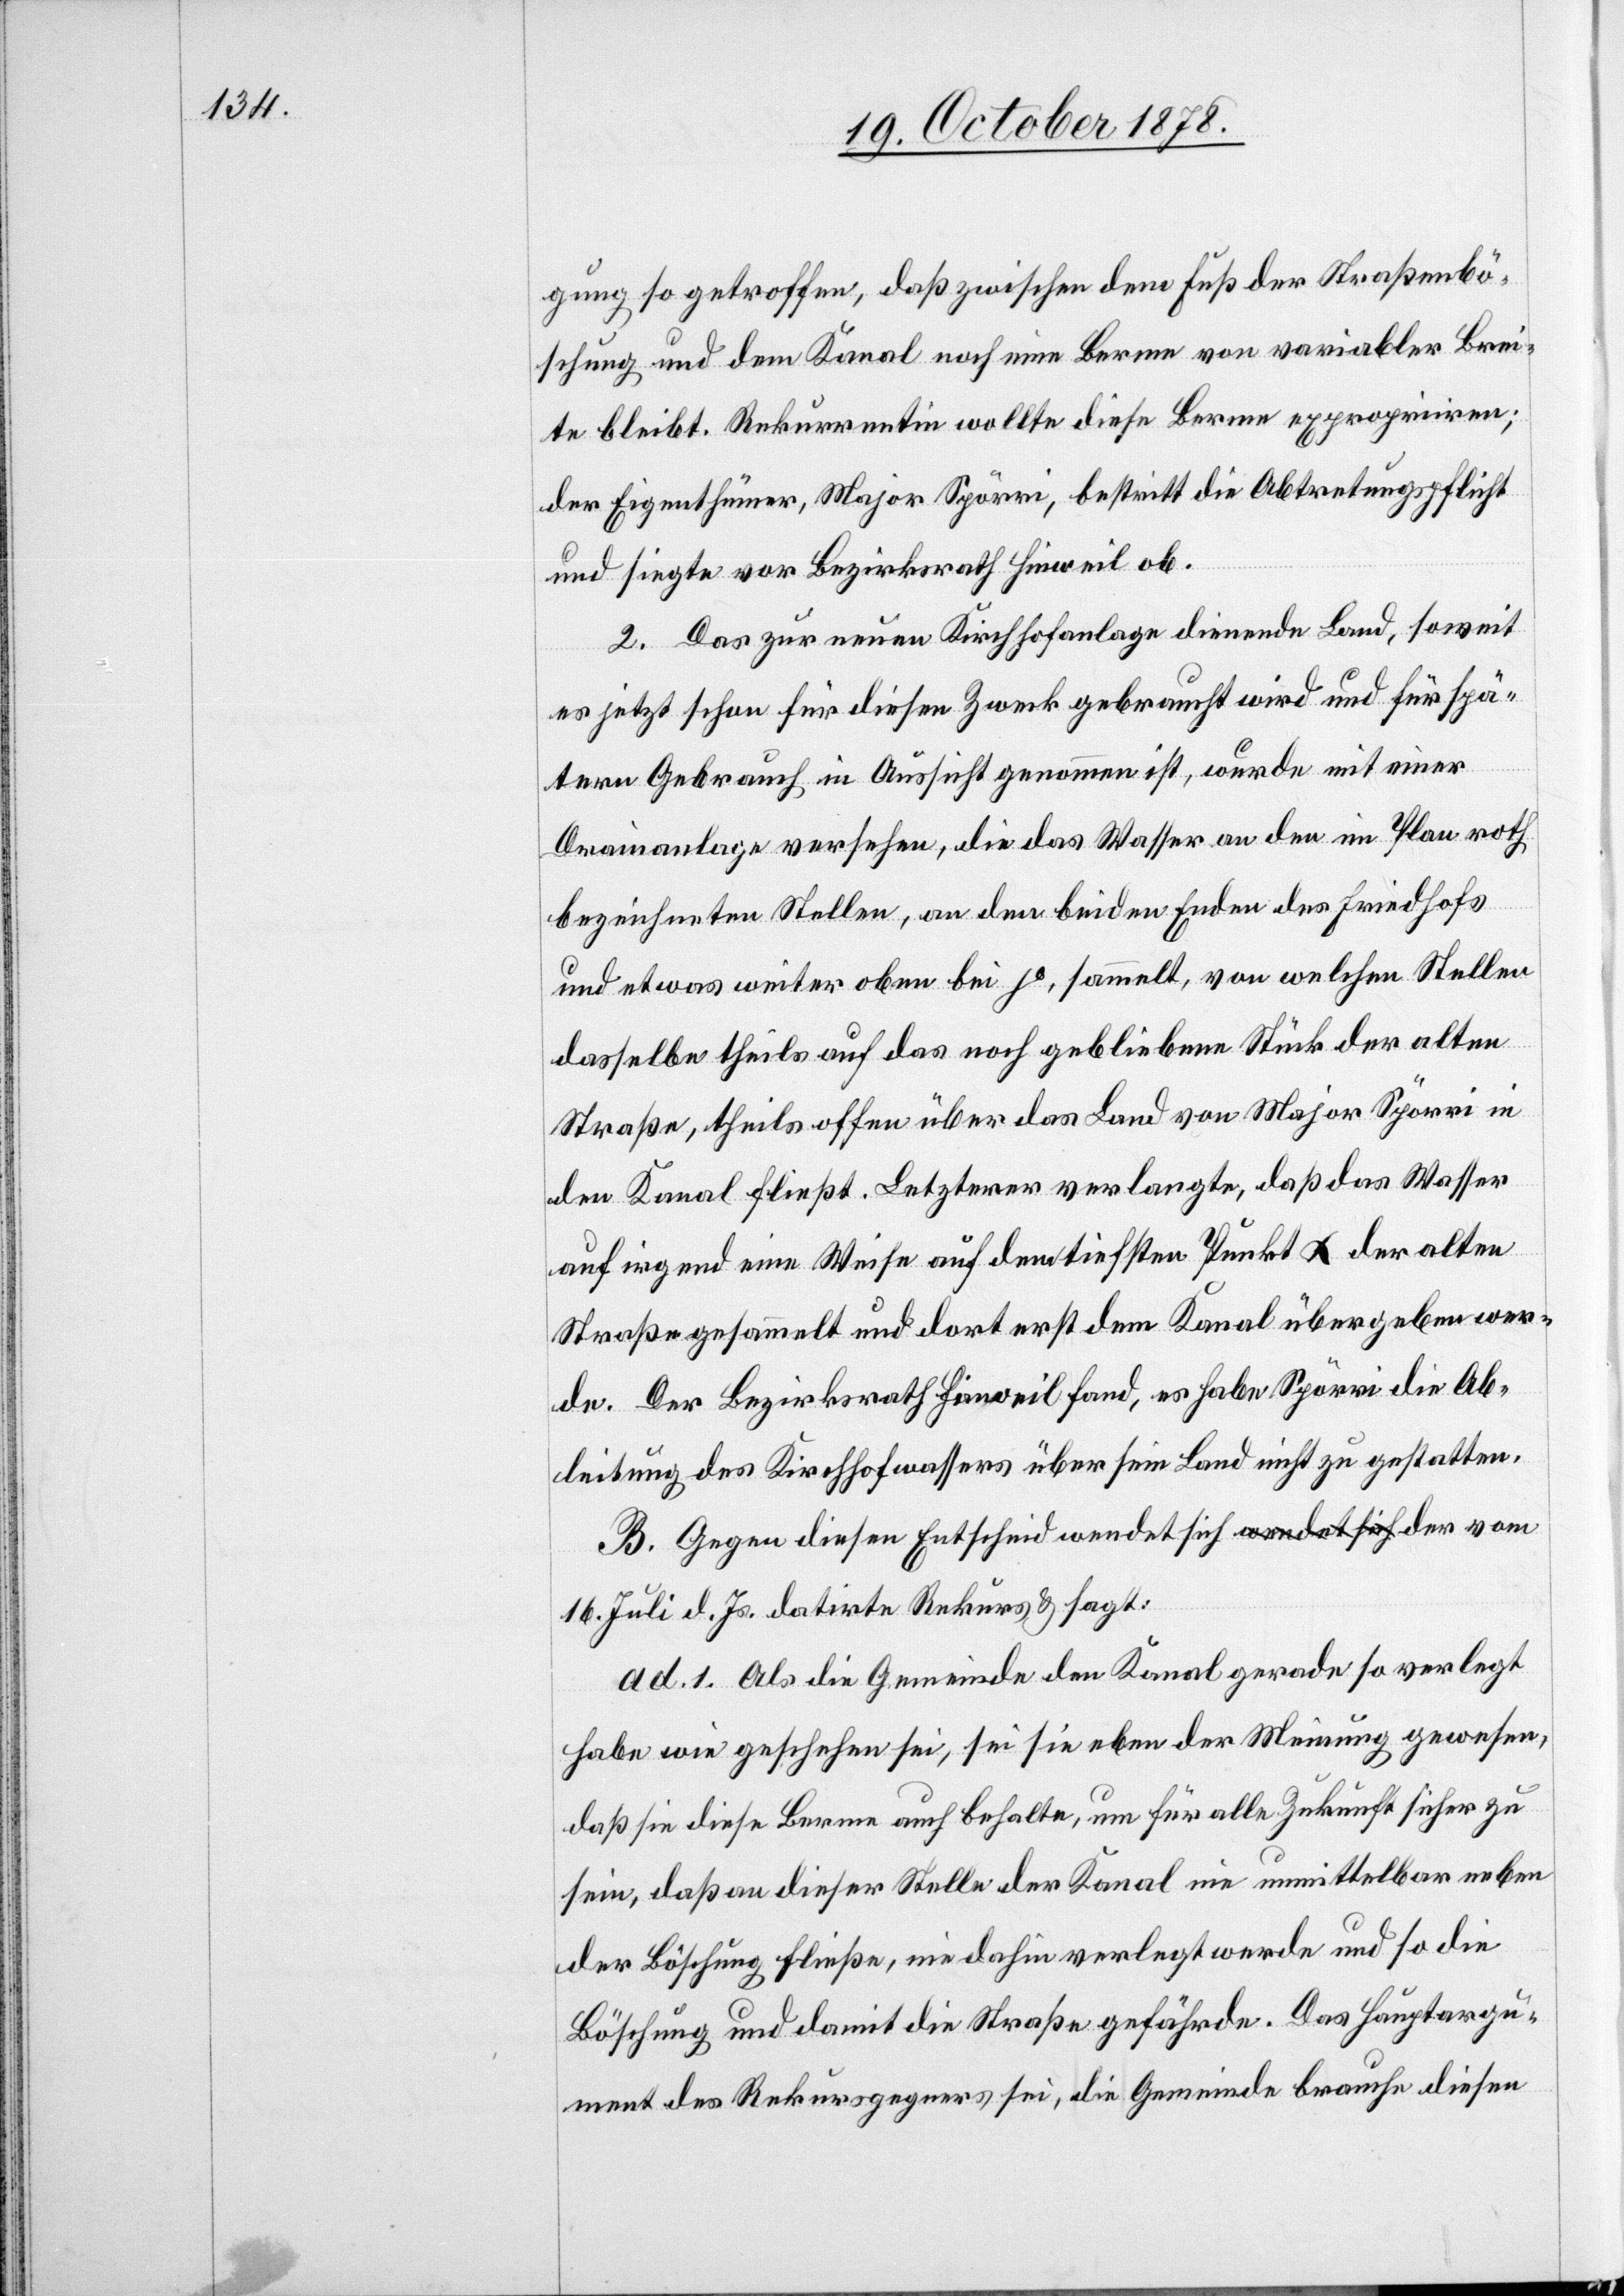
gung so getroffen, daß zwischen dem Fuß der Straßenbö¬
schung und dem Kanal noch eine Berme von variabler Brei¬
te bleibt. Rekurrentin wollte diese Berme expropriiren;
der Eigenthümer, Major Spörri, bestritt die Abtretungspflicht
und siegte vor Bezirksrath Hinweil ob.
2. Das zur neuen Kirchhofanlage dienende Land, soweit
es jetzt schon für diesen Zweck gebraucht wird und für spä¬
tern Gebrauch in Aussicht genommen ist, wurde mit einer
Drainanlage versehen, die das Wasser an den im Plan roth
bezeichneten Stellen, an den beiden Enden des Friedhofs
und etwas weiter oben bei γ, sammelt, von welchen Stellen
dasselbe theils auf das noch gebliebene Stück der alten
Straße, theils offen über das Land von Major Spörri in
den Kanal fließt. Letzterer verlangte, daß das Wasser
auf irgend eine Weise auf dem tiefsten Punkt α der alten
Straße gesammelt und dort erst dem Kanal übergeben wer¬
de. Der Bezirksrath Hinweil fand, es habe Spörri die Ab¬
leitung des Kirchhofwassers über sein Land nicht zu gestalten.
B. Gegen diesen Entscheid wendet sich der vom 16. Juli
ad. 1. Als die Gemeinde den Kanal gerade so verlegt
habe wie geschehen sei, sei sie eben der Meinung gewesen,
daß sie diese Berme auch behalte, um für alle Zukunft sicher zu
sein, daß an dieser Stelle der Kanal nie unmittelbar neben
der Böschung fließe, nie dahin verlegt werde und so die
Böschung und damit die Straße gefährde. Das Hauptargu¬
ment des Rekursgegners sei, die Gemeinde brauche diesen